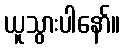
ယူသွားပါနော်။